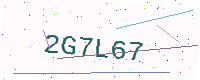
Text: 2G7L67